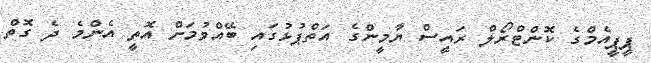
ޕީޕީއެމްގެ ކޮންޓްރޯލް ރައީސް ޔާމީންގެ އަތްޕުޅުގައި ބޭއްވުމަށް އޮތީ އެންމެ ދެ ގޮތް